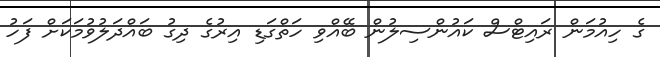
ގެ ހިއުމަން ރައިޓްސް ކައުންސިލުން ބޭއްވި ހަތްގަޑި އިރުގެ ދިގު ބައްދަލުވުމަކަށް ފަހު